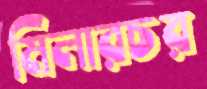
মিলারচর